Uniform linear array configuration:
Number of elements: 4
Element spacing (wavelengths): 0.75
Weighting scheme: exponential
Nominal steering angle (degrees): -45
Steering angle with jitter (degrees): -46.759
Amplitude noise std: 0.05
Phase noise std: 0.05

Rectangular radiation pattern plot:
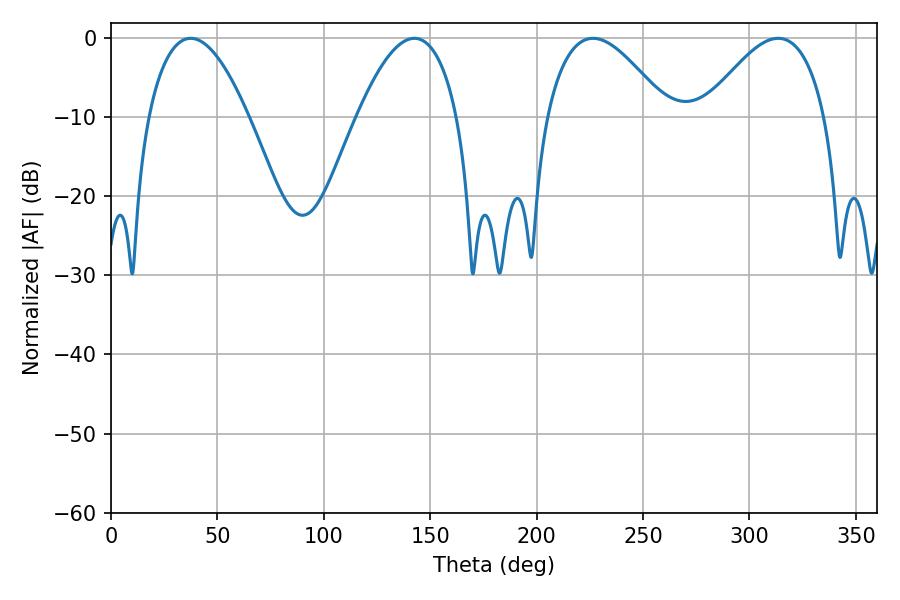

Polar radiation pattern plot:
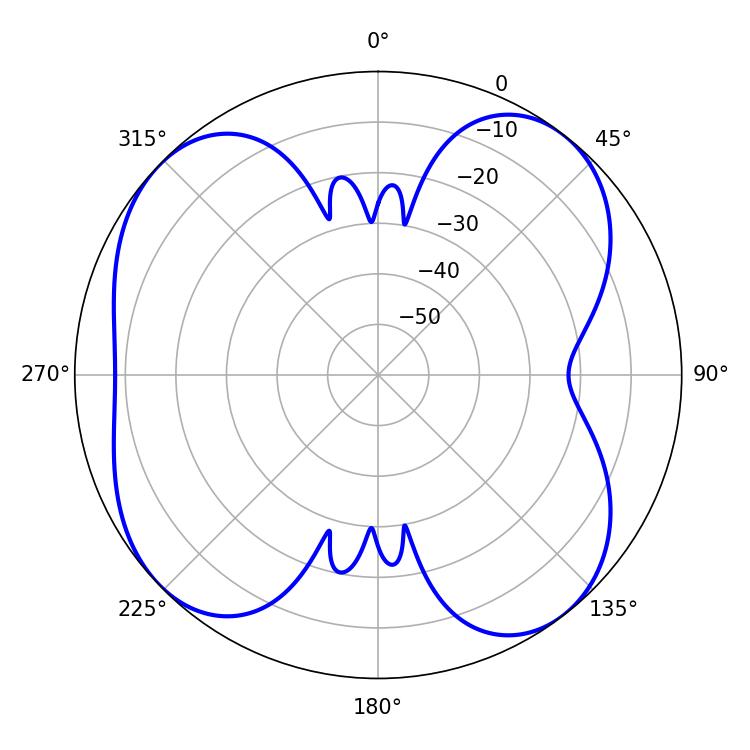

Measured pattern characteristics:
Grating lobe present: TRUE
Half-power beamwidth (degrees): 26.1
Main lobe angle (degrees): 37.44